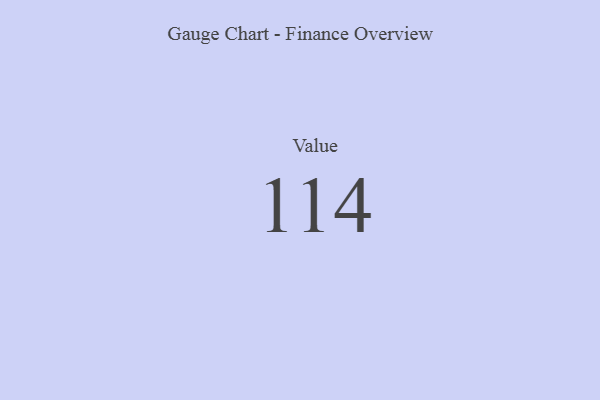
{"axis": {"x": "Metric", "y": "Value"}, "legend": [""], "data": [{"x": "Value", "y": 114, "type": ""}]}